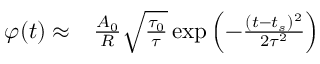
\begin{array} { r l } { \varphi ( t ) \approx } & { { } \frac { A _ { 0 } } { R } \sqrt { \frac { \tau _ { 0 } } { \tau } } \exp { \left( - \frac { ( t - t _ { s } ) ^ { 2 } } { 2 \tau ^ { 2 } } \right) } } \end{array}